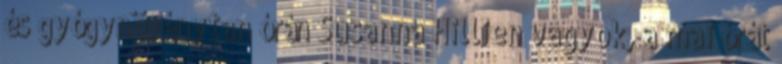
és gyógynövénytan órán Susanna Hillien vagyok, a mai órát